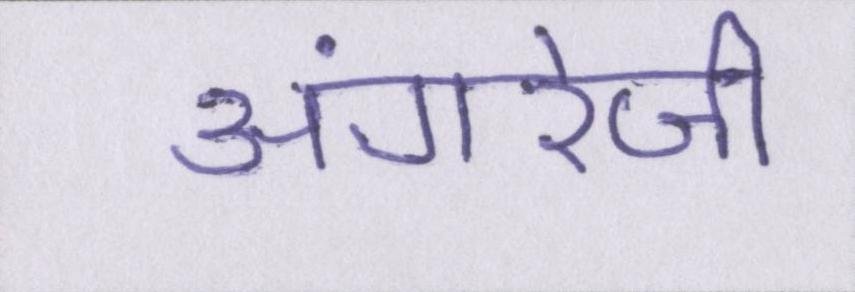
अंगरेजी